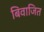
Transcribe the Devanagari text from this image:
बिवाजित